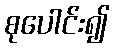
စုပေါင်း၍